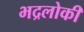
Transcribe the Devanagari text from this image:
भद्रलोकी